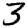
Digit: 3